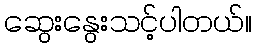
ဆွေးနွေးသင့်ပါတယ်။